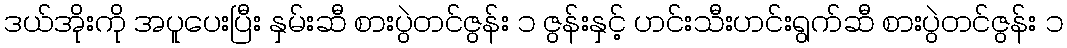
ဒယ်အိုးကို အပူပေးပြီး နှမ်းဆီ စားပွဲတင်ဇွန်း ၁ ဇွန်းနှင့် ဟင်းသီးဟင်းရွက်ဆီ စားပွဲတင်ဇွန်း ၁